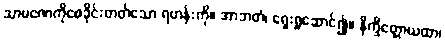
သာမဏေကိုစေခိုင်းတတ်သော ရဟန်းကို။ အာဘတံ၊ ရှေးရှုဆောင်၍။ နိက္ခိတ္တောယထာ၊